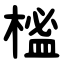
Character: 榓